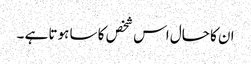
ان کا حال اس شخص کا سا ہوتا ہے ۔